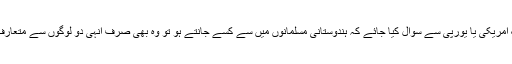
ایک عام پاکستانی جو کہ پڑوس میں رہتا ہے اس سے لے کر ایک امریکی یا یورپی سے سوال کیا جائے کہ ہندوستانی مسلمانوں میں سے کسے جانتے ہو تو وہ بھی صرف انہی دو لوگوں سے متعارف ہو گا، تیسرے کسی شخص کو نہ وہ جانتے ہیں نہ ہم جانتے ہیں۔